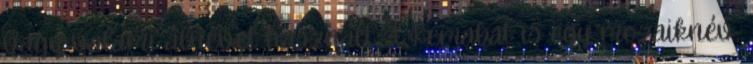
vagy valami álnevet használt. A Kemabat is egy mozaiknév,